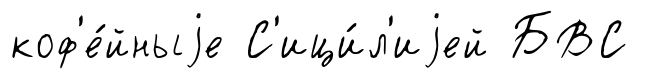
коф'е́йныjе С'ици́л'иjей БВС